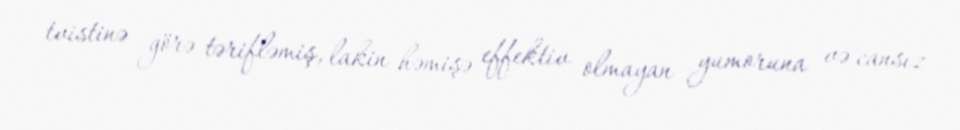
tvistinə görə tərifləmiş, lakin həmişə effektiv olmayan yumoruna və cansız